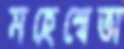
মহেশ্বেতা